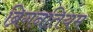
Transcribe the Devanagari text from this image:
ब्रिगनतियम